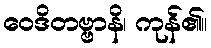
ဝေဒိတဗ္ဗာနိ၊ ကုန်၏။